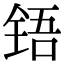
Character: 铻